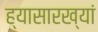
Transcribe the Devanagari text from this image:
ह्यासारख्यां